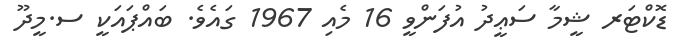
ޑޮކްޓަރ ޝީމާ ސަޢީދު އުފަންވީ 16 މެއި 1967 ގައެވެ. ބައްޕައަކީ ސ.މީދޫ